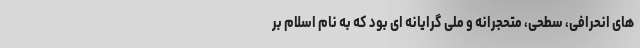
های انحرافی، سطحی، متحجرانه و ملی گرایانه ای بود که به نام اسلام بر